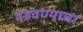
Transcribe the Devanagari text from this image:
दडवण्याचा